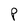
Character: P